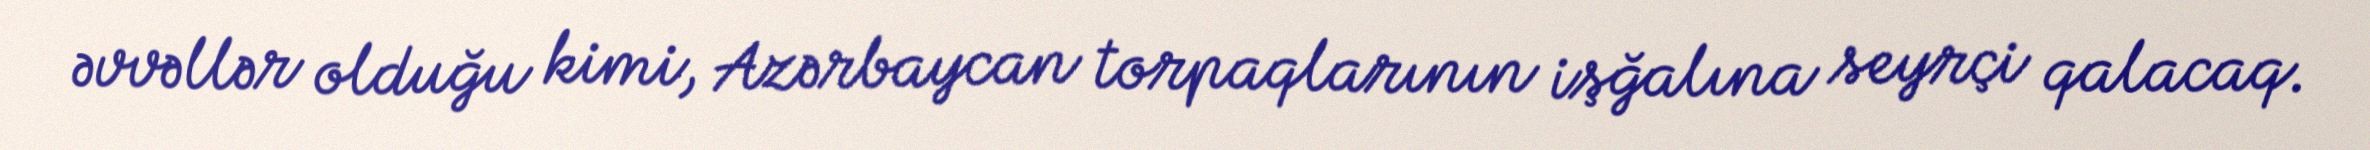
əvvəllər olduğu kimi, Azərbaycan torpaqlarının işğalına seyrçi qalacaq.